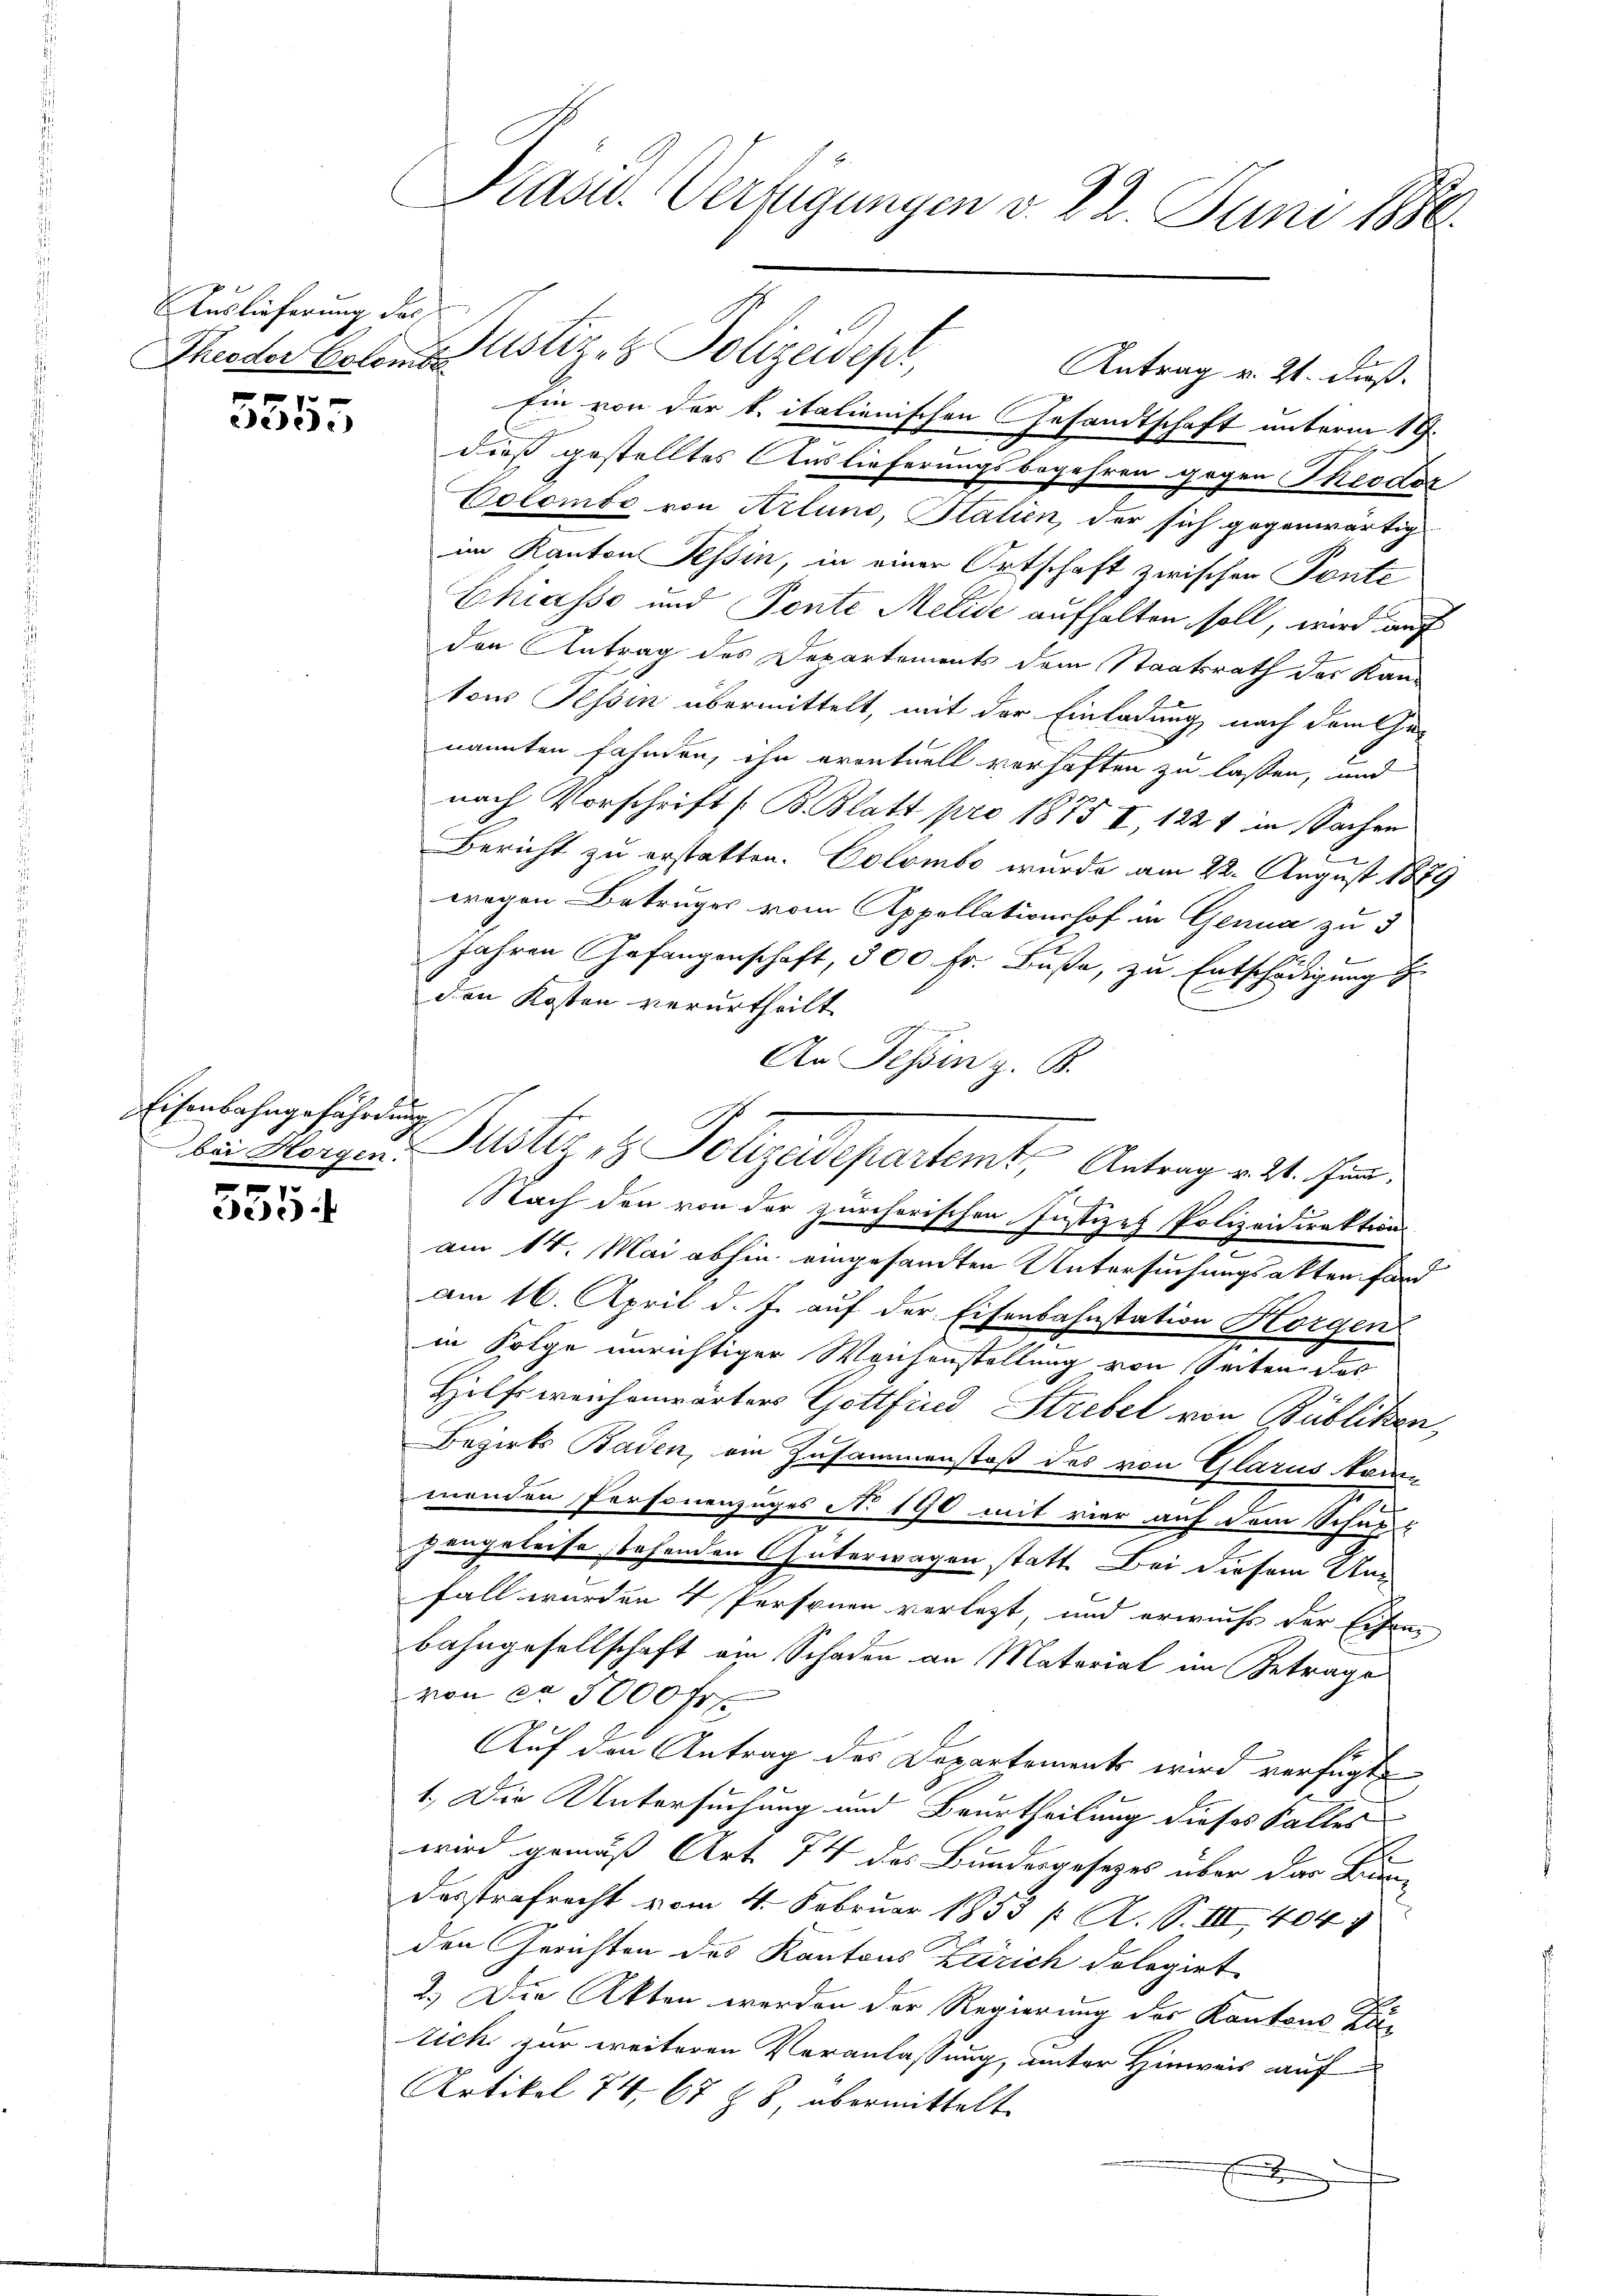
Auslieferung des
Theodor Colomba
9

ede)

Eisenbahngefährdung
.

55

Kasu. Verfügungen v. 22. Juni 1886.

hin von der k. italienischen Gesandtschaft unterm 19.
dieß gestelltes Auslieferungsbegehren gegen Theodor
Colombe von Arlund, Statien, der sich gegenwärtig
im Kanton Tessin, in einer Ortschaft zwischen Ponte
J
Chiasso und Ponte Meride aufhalten soll, wird das
den Antrag des Departements dem Staatsrath der Kan-
tons Tessin übermittelt, mit der Einladung nach dem Cha-
nannten Fahnden, ihn eventuell verhaften zu lassen, und
nach Vorschrift (B. Blatt pro 1875 I, 1221 in Sachen
Bericht zu erstatten. Colombo wurde am 22. August 1879
wegen Betruges vom Appellationshof in Genua zu 3
E
Jahren Gefangenschaft, 300 Fr. Buße, zu Entschädigung
den Kosten verurtheilt.
An Tessin z. B.
Nach den von der zürcherischen Justizes Polizeidirektions
am 14. Mai abhin eingesandten Untersuchungsakten fand
am 16. April d. J. auf der Eisenbahnstation Horgen
in Folge unrichtiger Wochenstellung von Seiten das
Hilfsweichenwärter Gottfind Strebel von Büblikon,
Bezirks Baden, am Zusammenstoß des von Glarus kommenden Personenzuges No 190 mit vier auf dem Schupzengeleise stehenden Güterwagen statt. Bei diesem Um-
fall wurden 4 Personen verletzt, und erwuchs der Eisen-
Bahngesellschaft ein Schaden an Material im Betrage
von ca 3000 Fr.
Auf den Antrag des Departements wird verfügt
1. Die Untersuchung und Beurtheilung dieses Falles
wird gemäß Art. 74 des Bundesgesezes über das Binne
desstrafrecht vom 4. Februar 1853 / A. S. III 4041
den Gerichten des Kantons Zürich dologiet
2.) Die Akten werden der Regierung des Kantons Zu-
tich zur weiteren Veranlassung, unter Hinweis auf
Artikel 74, 67 Z 8 übermittelt.
s

Justiz- & Polizeidepi,

Antrag v. 21. dieß.

bei Morgen: Justiz- & Polizeidepartem Antrag v. 21. Juni.